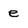
Character: e